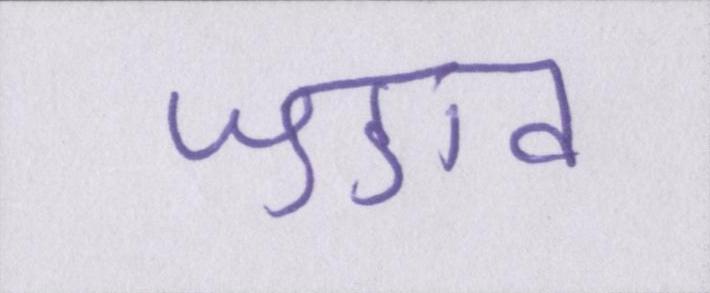
जुडाव